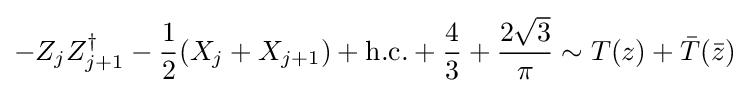
-Z_{j}Z_{j+1}^{\dagger }-{\frac {1}{2}}(X_{j}+X_{j+1})+{\textrm {h.c.}}+{\frac {4}{3}}+{\frac {2{\sqrt {3}}}{\pi }}\sim T(z)+{\bar {T}}({\bar {z}})